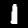
Digit: 1